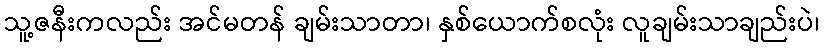
သူ့ဇနီးကလည်း အင်မတန် ချမ်းသာတာ၊ နှစ်ယောက်စလုံး လူချမ်းသာချည်းပဲ၊